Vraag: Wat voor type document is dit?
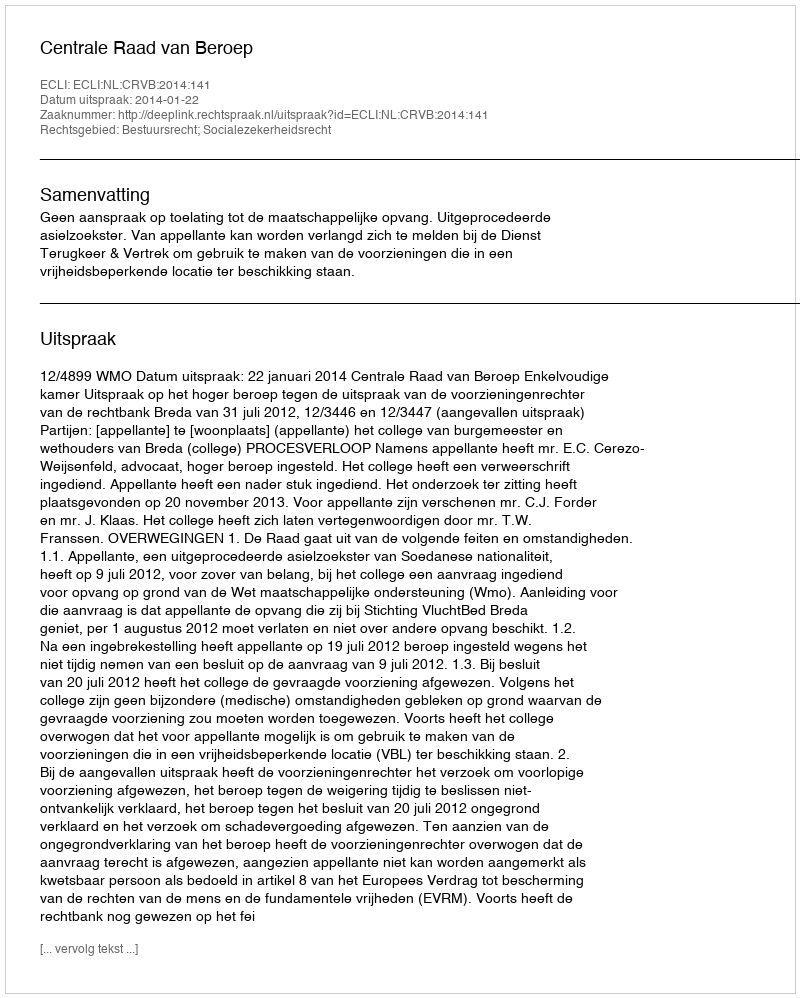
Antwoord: Uitspraak